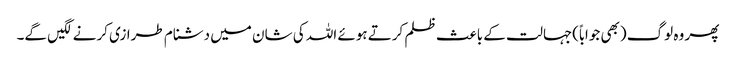
پھر وہ لوگ (بھی جواباً)جہالت کے باعث ظلم کرتے ہوئے اللہ کی شان میں دشنام طرازی کرنے لگیں گے۔